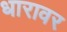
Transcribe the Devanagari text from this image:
धारावर